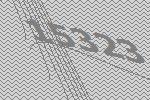
15323